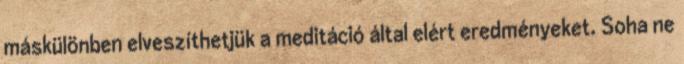
máskülönben elveszíthetjük a meditáció által elért eredményeket. Soha ne